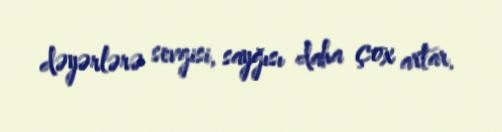
dəyərlərə sevgisi, sayğısı daha çox artar.